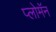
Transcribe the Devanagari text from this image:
प्लोमॅन